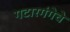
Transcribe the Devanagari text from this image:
गटारगंगेचे